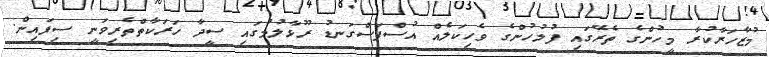
މުޒާހަރާކުރާ މީހުންގެ ތެރޭގައި ފުލުހުންގެ ވެހިކަލެއް އުސްފަސްގަނޑު ރޫޅާލުމުގައި ސީދާ ހަރަކާތްތެރިވަނީ ސިފައިން.